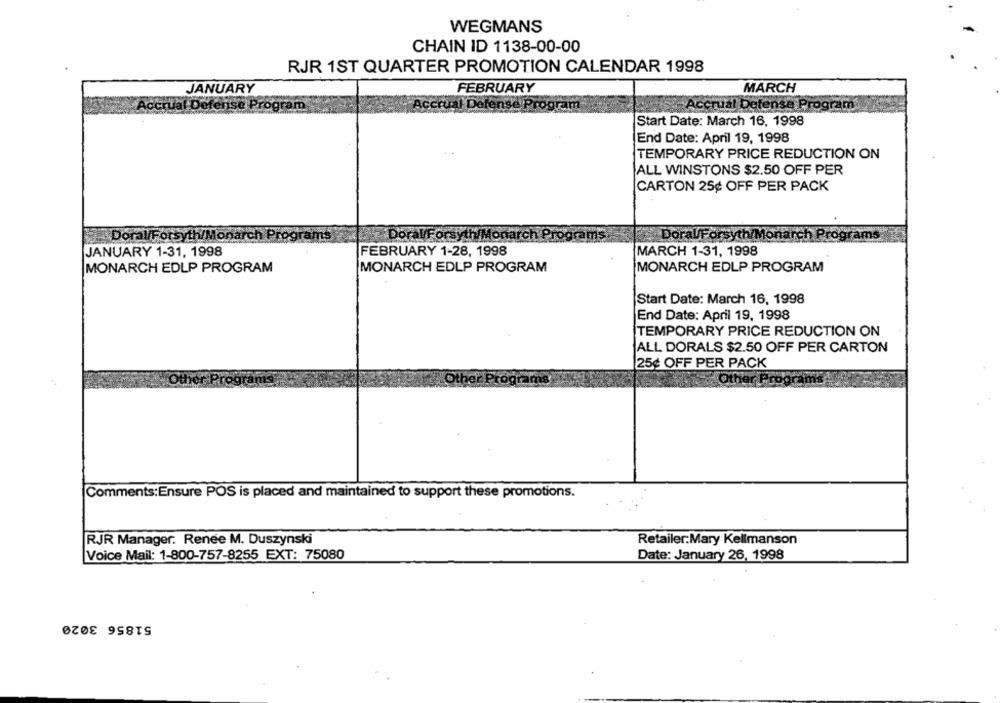
WEGMANS
CHAIN ID 1138-00-00
RJR 1ST QUARTER PROMOTION CALENDAR 1998
JANUARY
FEBRUARY
MARCH
AC
I Defe
Accrual Defense
Start Date: March 16, 1998
End Date: April 19, 1998
TEMPORARY PRICE REDUCTION ON
ALL WINSTONS $2.50 OFF PER
CARTON 25¢ OFF PER PACK
Doral/Forsyth/Monarch
Doral/Forsyth/Monarch Pr
Doral/Forsyth/M
JANUARY 1-31, 1998
FEBRUARY 1-28, 1998
MARCH 1-31, 1998
MONARCH EDLP PROGRAM
MONARCH EDLP PROGRAM
MONARCH EDLP PROGRAM
Start Date: March 16, 1998
End Date: April 19, 1998
TEMPORARY PRICE REDUCTION ON
ALL DORALS $2.50 OFF PER CARTON
25¢ OFF PER PACK
Comments:Ensure POS is placed and maintained to support these promotions.
RJR Manager. Renee M. Duszynski
Retailer:Mary Kellmanson
Date: January 26, 1998
Voice Mail: 1-800-757-8255 EXT: 75080
51856 3020